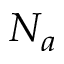
N _ { a }